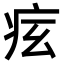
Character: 𤵋